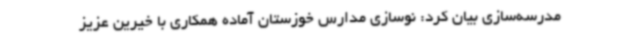
مدرسه‌سازی بیان کرد: نوسازی مدارس خوزستان آماده همکاری با خیرین عزیز